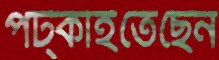
পট্‌কাইতেছেন